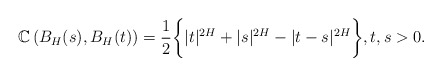
\begin{align*} \mathbb{C}\left(B_{H}(s), B_H(t)\right)= \frac{1}{2}\bigg\{|t|^{2H}+|s|^{2H}-|t-s|^{2H}\bigg\}, t,s>0. \end{align*}